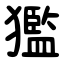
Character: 㺝